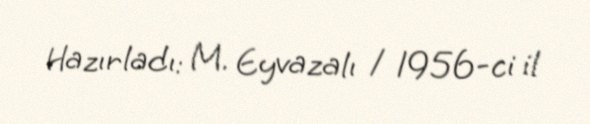
Hazırladı: M. Eyvazalı / 1956-ci il